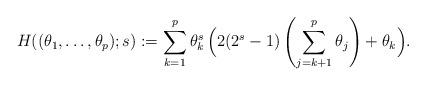
LaTeX: \begin{align*}H((\theta_{1},\ldots,\theta_{p});s):=\sum_{k=1}^{p}\theta_{k}^{s}\,\Big(2 (2^s-1) \left(\sum_{j=k+1}^{p}\theta_{j}\right)+\theta_{k}\Big).\end{align*}